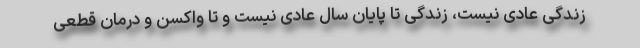
زندگی عادی نیست، زندگی تا پایان سال عادی نیست و تا واکسن و درمان قطعی